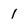
Character: 1